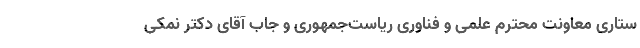
ستاری معاونت محترم علمی و فناوری ریاست‌جمهوری و جاب آقای دكتر نمكی